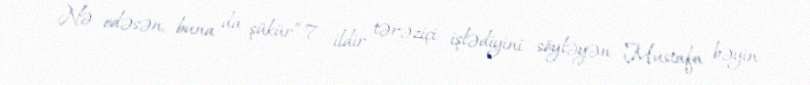
Nə edəsən, buna da şükür”.7 ildir tərəziçi işlədiyini söyləyən Mustafa bəyin